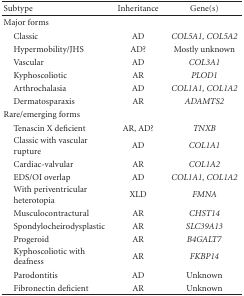
<table><thead><tr><td><b>Subtype</b></td><td><b>Inheritance</b></td><td><b>Gene(s)</b></td></tr></thead><tbody><tr><td>Major forms</td><td> </td><td> </td></tr><tr><td> Classic</td><td>AD</td><td><i>COL5A1, COL5A2 </i></td></tr><tr><td> Hypermobility/JHS</td><td>AD?</td><td>Mostly unknown</td></tr><tr><td> Vascular</td><td>AD</td><td><i>COL3A1 </i></td></tr><tr><td> Kyphoscoliotic</td><td>AR</td><td><i>PLOD1 </i></td></tr><tr><td> Arthrochalasia</td><td>AD</td><td><i>COL1A1, COL1A2 </i></td></tr><tr><td> Dermatosparaxis</td><td>AR</td><td><i>ADAMTS2 </i></td></tr><tr><td>Rare/emerging forms</td><td> </td><td> </td></tr><tr><td> Tenascin X deficient</td><td>AR, AD?</td><td><i>TNXB </i></td></tr><tr><td> Classic with vascularrupture</td><td>AD</td><td><i>COL1A1 </i></td></tr><tr><td> Cardiac-valvular</td><td>AR</td><td><i>COL1A2 </i></td></tr><tr><td> EDS/OI overlap</td><td>AD</td><td><i>COL1A1, COL1A2 </i></td></tr><tr><td> With periventricularheterotopia</td><td>XLD</td><td><i>FMNA </i></td></tr><tr><td> Musculocontractural</td><td>AR</td><td><i>CHST14 </i></td></tr><tr><td> Spondylocheirodysplastic</td><td>AR</td><td><i>SLC39A13 </i></td></tr><tr><td> Progeroid</td><td>AR</td><td><i>B4GALT7 </i></td></tr><tr><td> Kyphoscoliotic withdeafness</td><td>AR</td><td><i>FKBP14 </i></td></tr><tr><td> Parodontitis</td><td>AD</td><td>Unknown</td></tr><tr><td> Fibronectin deficient</td><td>AR</td><td>Unknown</td></tr></tbody></table>